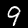
Digit: 9